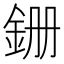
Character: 銏